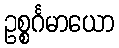
ဥစ္စင်္ဂမာယော